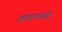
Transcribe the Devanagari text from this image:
अमापाची